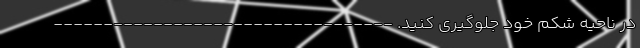
در ناحیه شکم خود جلوگیری کنید. ----------------------------------